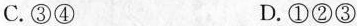
C.③④ D.①②③